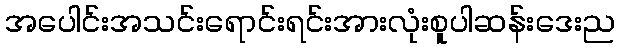
အပေါင်းအသင်းရောင်းရင်းအားလုံးစူပါဆန်းဒေးည